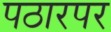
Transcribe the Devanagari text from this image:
पठारपर